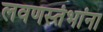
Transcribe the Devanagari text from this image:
लवणस्तंभांना